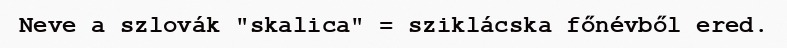
Neve a szlovák "skalica" = sziklácska főnévből ered.